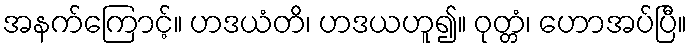
အနက်ကြောင့်။ ဟဒယံတိ၊ ဟဒယဟူ၍။ ဝုတ္တံ၊ ဟောအပ်ပြီ။